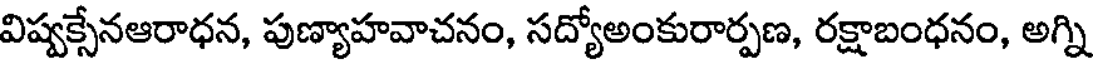
విష్వక్సేనఆరాధన, పుణ్యాహవాచనం, సద్యోఅంకురార్పణ, రక్షాబంధనం, అగ్ని